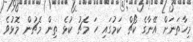
މިހާތަނަށް އޭނާގެ ކޯޗް ކަމުގައި ހަ މެޗު ކުޅެ ތިން މެޗުން މޮޅުވެ